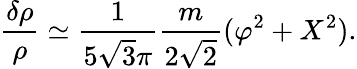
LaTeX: \frac{\delta\rho}{\rho}\simeq\frac{1}{5\sqrt{3}\pi}\frac{m}{2\sqrt{2}}(\varphi^{2}+X^{2}).